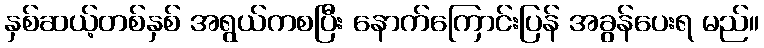
နှစ်ဆယ့်တစ်နှစ် အရွယ်ကစပြီး နောက်ကြောင်းပြန် အခွန်ပေးရ မည်။